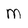
Character: M